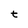
Character: t